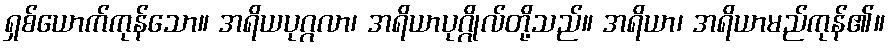
ရှစ်ယောက်ကုန်သော။ အရိယပုဂ္ဂလာ၊ အရိယာပုဂ္ဂိုလ်တို့သည်။ အရိယာ၊ အရိယာမည်ကုန်၏။